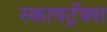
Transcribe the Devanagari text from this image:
स्कायट्रॅक्स